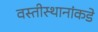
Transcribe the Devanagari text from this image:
वस्तीस्थानांकडे